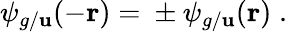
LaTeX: \psi_{g/\mathbf{u}}(-{\mathbf{{r}}})={}\pm\psi_{g/\mathbf{u}}({\mathbf{{r}}})\; .